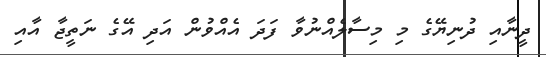
ދީނާއި ދުނިޔޭގެ މި މިސާލެއްނުވާ ފަދަ އެއްވުން އަދި އޭގެ ނަތީޖާ އާއި